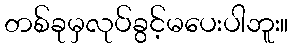
တစ်ခုမှလုပ်ခွင့်မပေးပါဘူး။